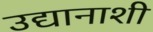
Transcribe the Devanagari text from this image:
उद्यानाशी